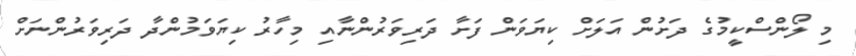
މި ލޯންސްކީމުގެ ދަށުން އަލަށް ކިޔަވަން ފަށާ ދަރިވަރުންނާއި މިހާރު ކިޔަވަމުންދާ ދަރިވަރުންނަށް